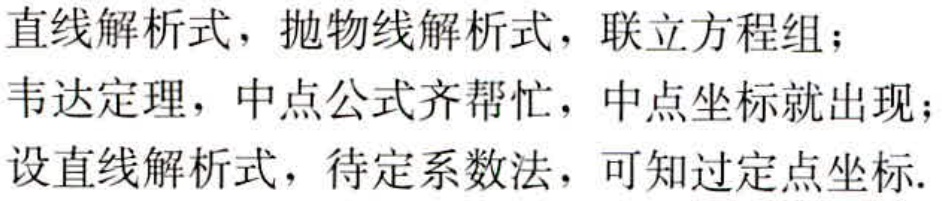
直线解析式，抛物线解析式，联立方程组；

韦达定理，中点公式齐帮忙，中点坐标就出现；

设直线解析式，待定系数法，可知过定点坐标.